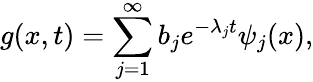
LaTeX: g(x,t)=\sum_{j=1}^{\infty}b_{j}e^{-\lambda_{j}t}\psi_{j}(x),